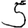
Digit: 5